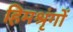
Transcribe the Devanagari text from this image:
हिमश्रृंगों